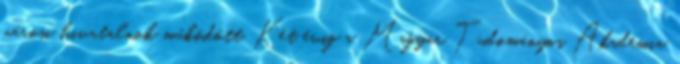
városi hivatalnok működött. Két évig a Magyar Tudományos Akadémia